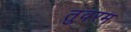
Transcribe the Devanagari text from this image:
तुवरम